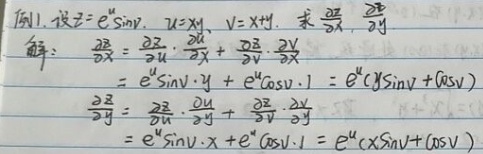
例1. 设 \(z = e^{u}\sin v\)，\(u = xy\)，\(v=x + y\)，求 \(\frac{\partial z}{\partial x}\)，\(\frac{\partial z}{\partial y}\)。

解：
\[
\begin{align*}
\frac{\partial z}{\partial x}&=\frac{\partial z}{\partial u}\frac{\partial u}{\partial x}+\frac{\partial z}{\partial v}\frac{\partial v}{\partial x}\\
&=e^{u}\sin v\cdot y+e^{u}\cos v\cdot1\\
&=e^{xy}(y\sin(x + y)+\cos(x + y))\\
\frac{\partial z}{\partial y}&=\frac{\partial z}{\partial u}\frac{\partial u}{\partial y}+\frac{\partial z}{\partial v}\frac{\partial v}{\partial y}\\
&=e^{u}\sin v\cdot x+e^{u}\cos v\cdot1\\
&=e^{xy}(x\sin(x + y)+\cos(x + y))
\end{align*}
\]